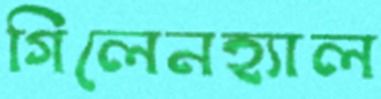
গিলেনহ্যাল